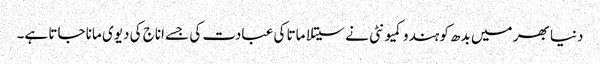
دنیا بھر میں بدھ کو ہندو کمیونٹی نے سیتلا ماتا کی عبادت کی جسے اناج کی دیوی مانا جاتا ہے۔